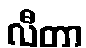
လီတာ